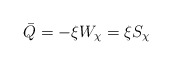
\begin{align*}\bar{Q}=-\xi W_\chi=\xi S_{\chi}~~~\end{align*}